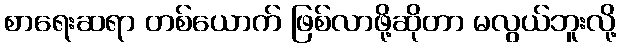
စာရေးဆရာ တစ်ယောက် ဖြစ်လာဖို့ဆိုတာ မလွယ်ဘူးလို့